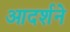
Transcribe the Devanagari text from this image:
आदर्शने